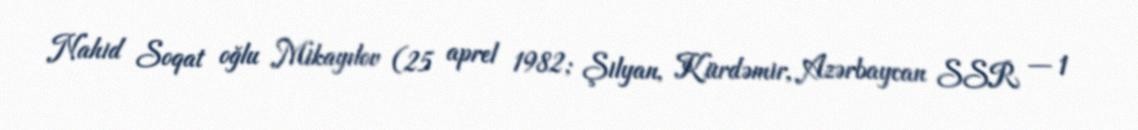
Nahid Soqat oğlu Mikayılov (25 aprel 1982; Şilyan, Kürdəmir, Azərbaycan SSR — 1